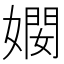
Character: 𫱠